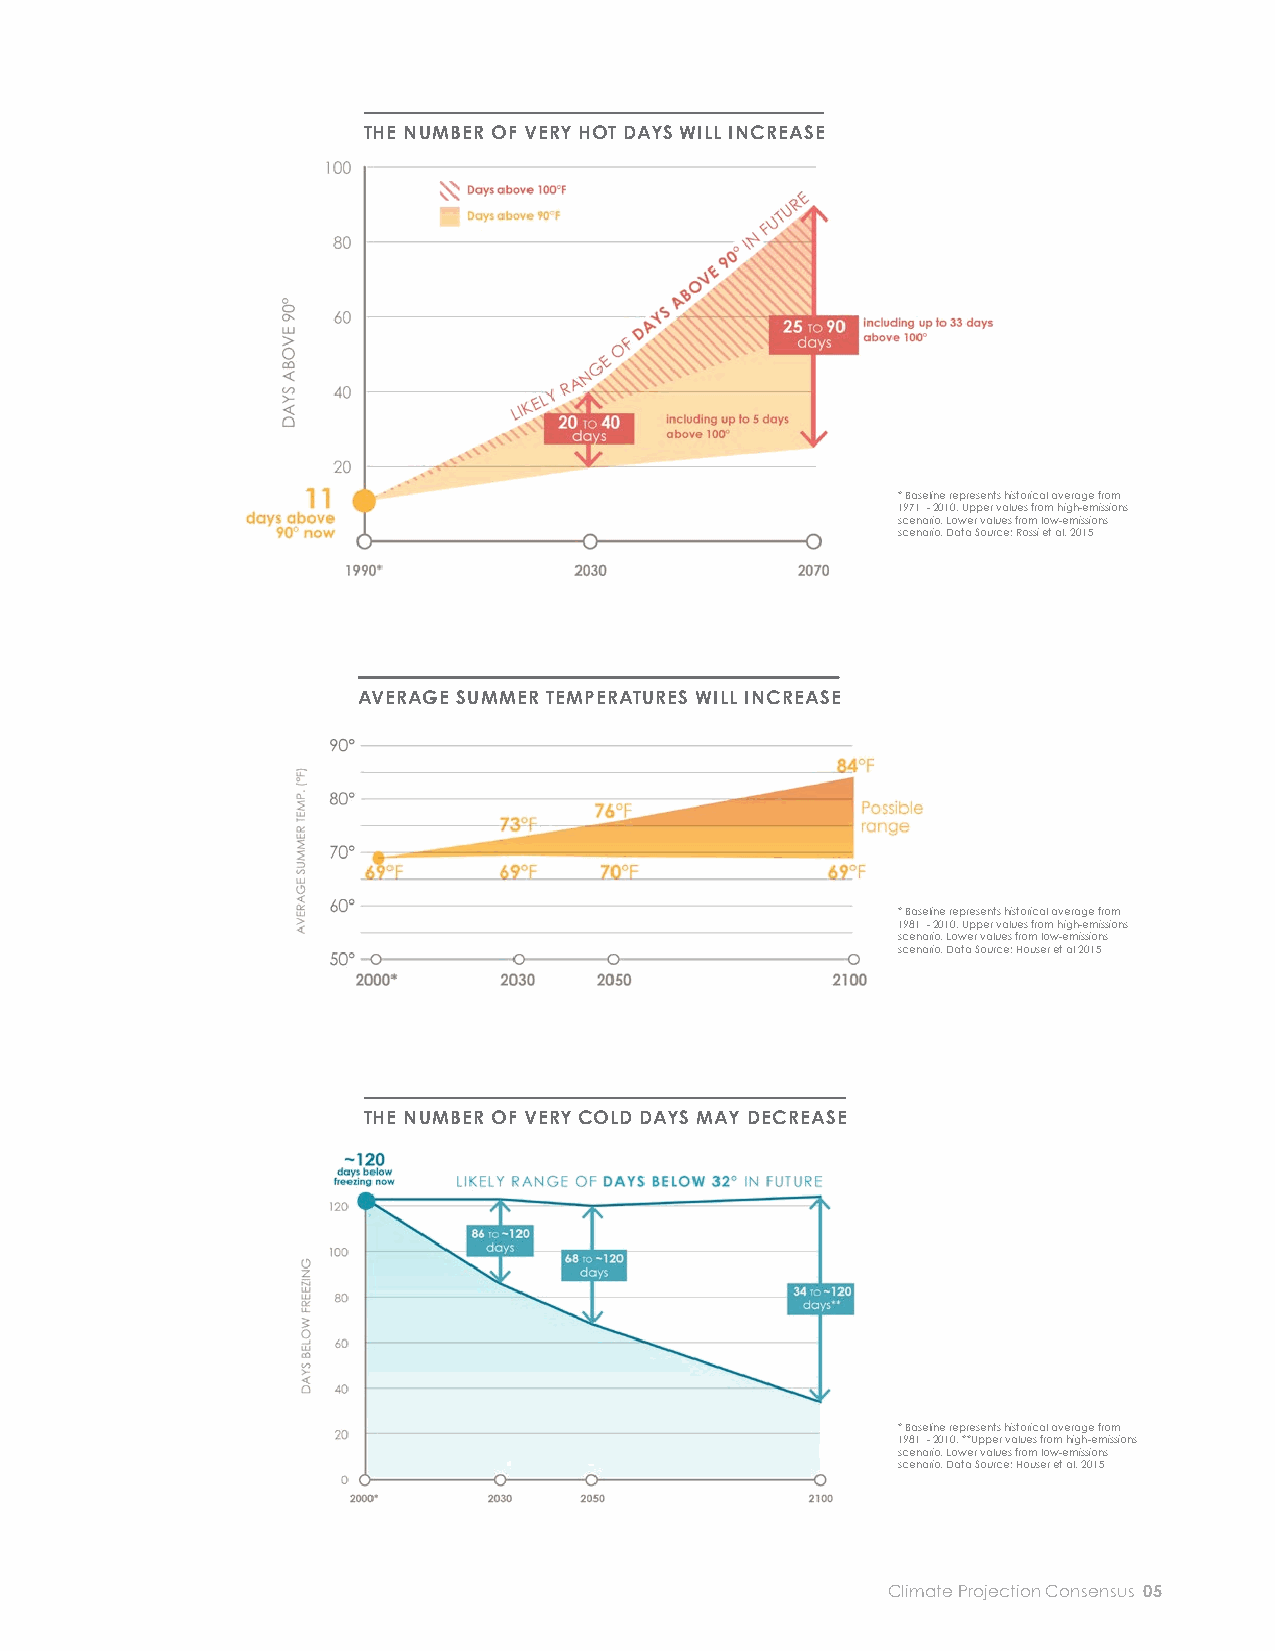
THE NUMBER OF VERY HOT DAYS WILL INCREASE
 EXTREME
 TEMPERATURES
 KEY FINDINGS
 Average temperatures There will be more days of extreme
 heat. Compared to the period from
 in the Northeast have
 1971 to 2000, when an average of 11
 been slowly rising for
 days per year were over 90 degrees,
 * Baseline represents historical average from
 over a century.                                            1971 - 2010, Upper values from high-emissions
 there may be as many as 40 days over                       scenario. Lower values from low-emissions
 scenario, Data Source: Rossi et al. 2015
 90 degrees by 2030 and 90 days by
 Temperatures in the northeastern
 2070—nearly the entire summer.
 United States increased by almost
 two degrees Fahrenheit between Heat waves will become more
 1895 and 2011. common, last longer, and be hott er.
 AVERAGE SUMMER TEMPERATURES WILL INCREASE
 The City of Boston defi nes heat
 The rate of increase in average
 waves as periods of three or more
 temperatures is accelerating. While
 days above 90 degrees, and heat waves
 over the past century, temperatures in
 are a leading cause of weather-related
 the Northeast rose about two degrees,
 mortality in the United States.
 the increase over the next century
 may be greater than ten degrees. Although winters will likely
 * Baseline represents historical average from
 be warmer, the risk of frost and                           1981 - 2010, Upper values from high-emissions
 As an urban area, Boston tends                             scenario. Lower values from low-emissions
 scenario, Data Source: Houser et al 2015
 freeze damage and cold snaps will
 to be hott er than surrounding
 continue. While from 1981 to 2010,
 communities that are more
 Boston reached below freezing almost
 suburban or rural. Urban areas
 one out of three days per year, by the
 generally tend to be hott er than
 end of the century, this may happen
 nearby rural areas because concrete,
 THE NUMBER OF VERY COLD DAYS MAY DECREASE
 only around one in ten days.
 steel, and other building materials
 retain more heat than vegetation. Future temperatures in Boston will
 This phenomenon, known as depend on how much we are able to
 the “urban heat island eff ect,” is cut our greenhouse gas emissions.
 compounded by climate change. The rise in temperatures between
 now and 2030 is largely consistent
 Boston’s summers are gett ing
 among all emission scenarios.
 hott er. While the average summer
 However, the scenarios show that
 temperature in Boston from 1981 to
 cutt ing emissions now can greatly
 2010 was 69 degrees, it may be as high                     * Baseline represents historical average from
 slow the rise in temperatures in                           1981 - 2010, **Upper values from high-emissions
 scenario. Lower values from low-emissions
 as 76 degrees by 2050 and 84 degrees                       scenario, Data Source: Houser et al. 2015
 the second half of the century.
 by 2100.
 Climate Projection Consensus 05